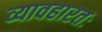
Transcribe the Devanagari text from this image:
व्यावहारतः